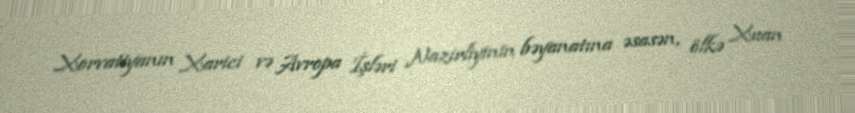
Xorvatiyanın Xarici və Avropa İşləri Nazirliyinin bəyanatına əsasən, ölkə Xuan